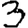
Digit: 3